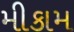
મીકામ